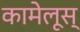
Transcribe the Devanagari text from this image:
कामेलूस्